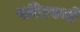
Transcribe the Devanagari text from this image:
परिरपथों